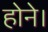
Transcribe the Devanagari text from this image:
होने।